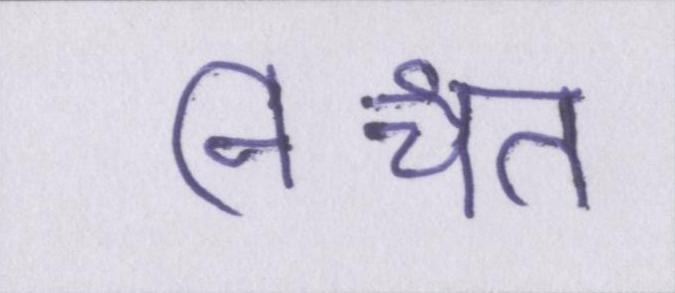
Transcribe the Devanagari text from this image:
निश्चत